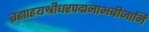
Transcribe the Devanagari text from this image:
ब्रह्माह्नयश्रीधरपद्मनाभबीजानि